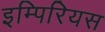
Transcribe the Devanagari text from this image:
इम्पिरियस